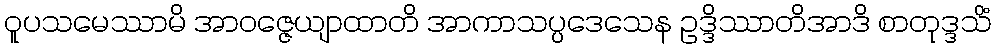
ဝူပသမေဿာမိ အာဝဇ္ဇေယျာထာတိ အာကာသပ္ပဒေသေန ဥဒ္ဒိဿာတိအာဒိ စာတုဒ္ဒသိံ